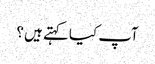
آپ کیا کہتے ہیں ؟